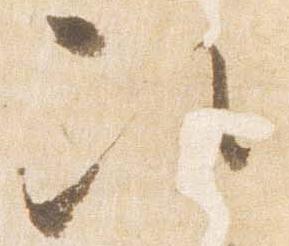
次